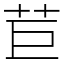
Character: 苣